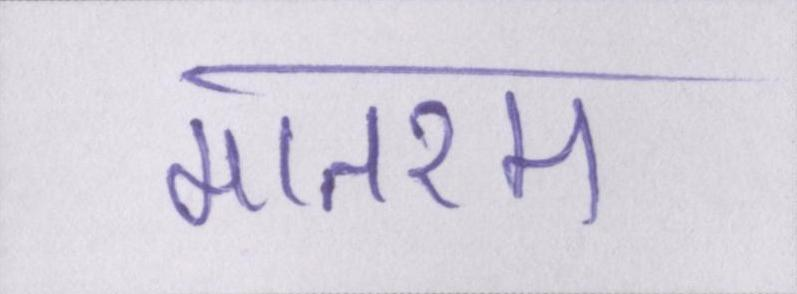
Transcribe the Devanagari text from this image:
मातरम